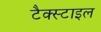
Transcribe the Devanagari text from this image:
टैक्स्टाइल